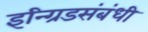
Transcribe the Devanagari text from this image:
इन्ग्रिडसंबंधी